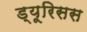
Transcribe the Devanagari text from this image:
ड्यूरिसस